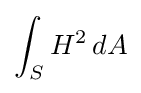
\int _{S}H^{2}\,dA